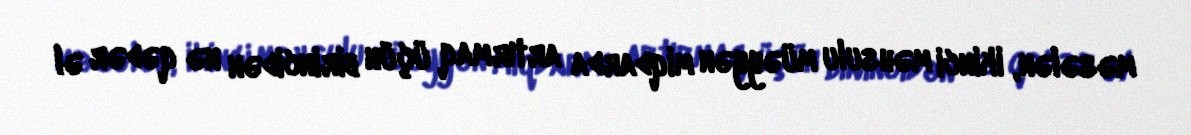
məsələn, ikinci məhsulu müəyyən miqdarda artırmaq üçün birincidən nə qədər əl